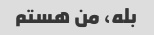
بله، من هستم